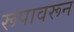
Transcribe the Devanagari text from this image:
रूपावरून